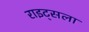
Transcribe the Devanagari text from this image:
राइट्सला